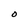
Character: O